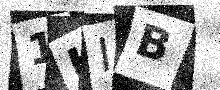
Text: 1KIB